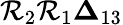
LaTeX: \mathcal{R}_{2}\mathcal{R}_{1}\boldsymbol{\Delta}_{13}